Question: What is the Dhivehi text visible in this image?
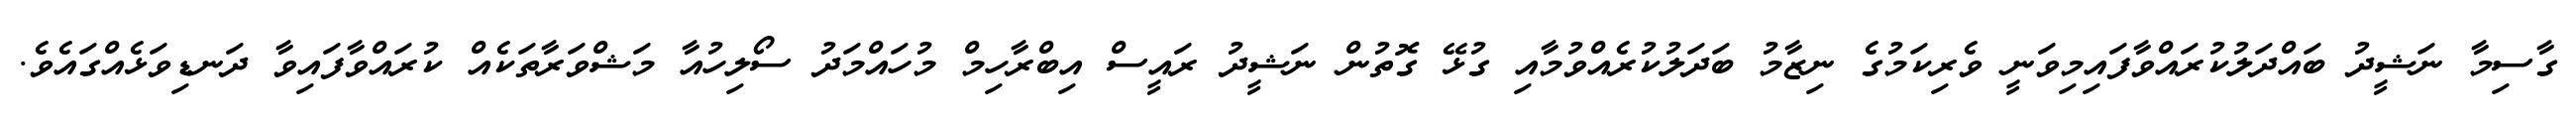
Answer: ގާސިމާ ނަޝީދު ބައްދަލުކުރައްވާފައިމިވަނީ ވެރިކަމުގެ ނިޒާމު ބަދަލުކުރެއްވުމާއި ގުޅޭ ގޮތުން ނަޝީދު ރައީސް އިބްރާހިމް މުހައްމަދު ސޯލިހުއާ މަޝްވަރާތަކެއް ކުރައްވާފައިވާ ދަނޑިވަޅެއްގައެވެ.